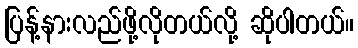
ပြန့်နားလည်ဖို့လိုတယ်လို့ ဆိုပါတယ်။